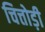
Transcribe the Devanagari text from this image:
चित्तोड़ी